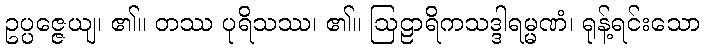
ဥပ္ပဇ္ဇေယျ၊ ၏။ တဿ ပုရိသဿ၊ ၏။ ဩဠာရိကသဒ္ဒါရမ္မဏံ၊ ရုန့်ရင်းသော